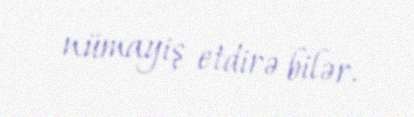
nümayiş etdirə bilər.